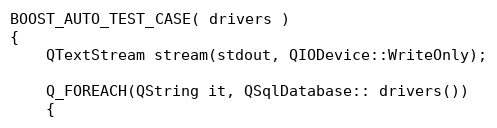
Language: C++
BOOST_AUTO_TEST_CASE( drivers )
{
    QTextStream stream(stdout, QIODevice::WriteOnly);

    Q_FOREACH(QString it, QSqlDatabase:: drivers())
    {